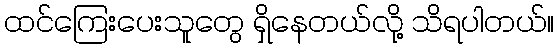
ထင်ကြေးပေးသူတွေ ရှိနေတယ်လို့ သိရပါတယ်။